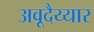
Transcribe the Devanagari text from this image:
अवूदैय्यार